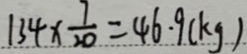
1 3 4 \times \frac { 7 } { 2 0 } = 4 6 . 9 ( k g )